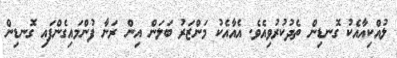
ލުއްކިއާއެކު ގޮނޑިން ތެދުކުރުވިއެވެ. އެއާއެކު މަންޒަރު ބަލަން އިން ރަނާ ފުންމައިގެންފައި ގޮނޑިން